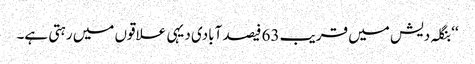
‘‘ بنگلہ دیش میں قریب 63 فیصد آبادی دیہی علاقوں میں رہتی ہے۔